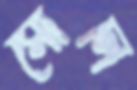
সোলি